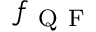
f _ { \mathrm { ~ Q ~ F ~ } }